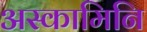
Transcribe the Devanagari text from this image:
अस्कामिनि